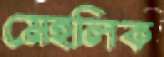
মেহলিক